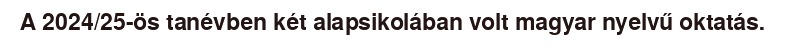
A 2024/25-ös tanévben két alapsikolában volt magyar nyelvű oktatás.